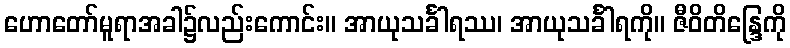
ဟောတော်မူရာအခါ၌လည်းကောင်း။ အာယုသင်္ခါရဿ၊ အာယုသင်္ခါရကို။ ဇီဝိတိန္ဒြေကို